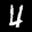
Label: 4